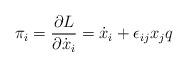
LaTeX: \begin{align*}\pi_i = \frac{\partial L}{\partial\dot x_i} = \dot x_i + \epsilon_{ij}x_jq\end{align*}